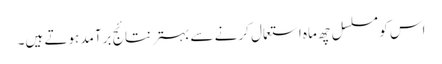
اس کو مسلسل چھ ماہ استعمال کرنے سے بہتر نتائج برآمد ہوتے ہیں۔